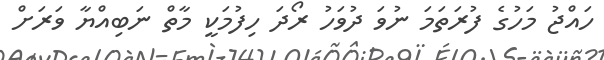
ހައްޖު މަހުގެ ފުރަތަމަ ނުވަ ދުވަހު ރޯދަ ހިފުމަކީ މާތް ނަބިއްޔާ ވަރަށް